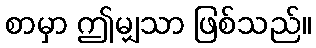
စာမှာ ဤမျှသာ ဖြစ်သည်။